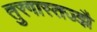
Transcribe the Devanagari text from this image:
तुरगास्तज्झै